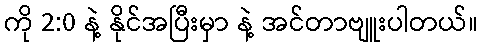
ကို 2:0 နဲ့ နိုင်အပြီးမှာ နဲ့ အင်တာဗျူးပါတယ်။